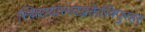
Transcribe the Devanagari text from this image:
स्थिरायास्त्वद्भक्तेस्त्रिपुरहर